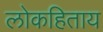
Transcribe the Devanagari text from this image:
लोकहिताय